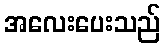
အလေးပေးသည်